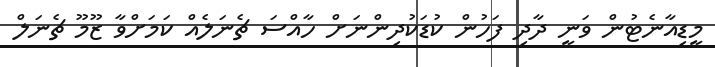
މީޑިއާނެޓުން ވަނީ ދާދި ފަހުން ކުޑަކުދިންނަށް ހާއްސަ ޗެނަލެއް ކަމަށްވާ ޒޫމޫ ޗެނަލް